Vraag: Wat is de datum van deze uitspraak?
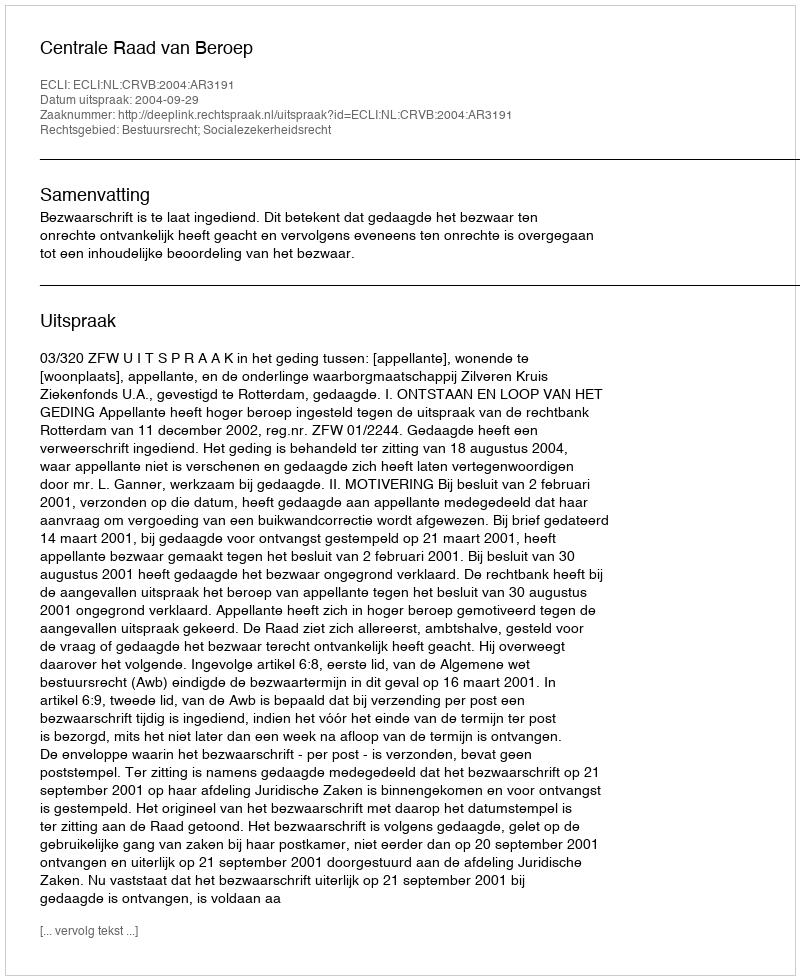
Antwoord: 2004-09-29